Civil Veterinary Department ledger series I-VI
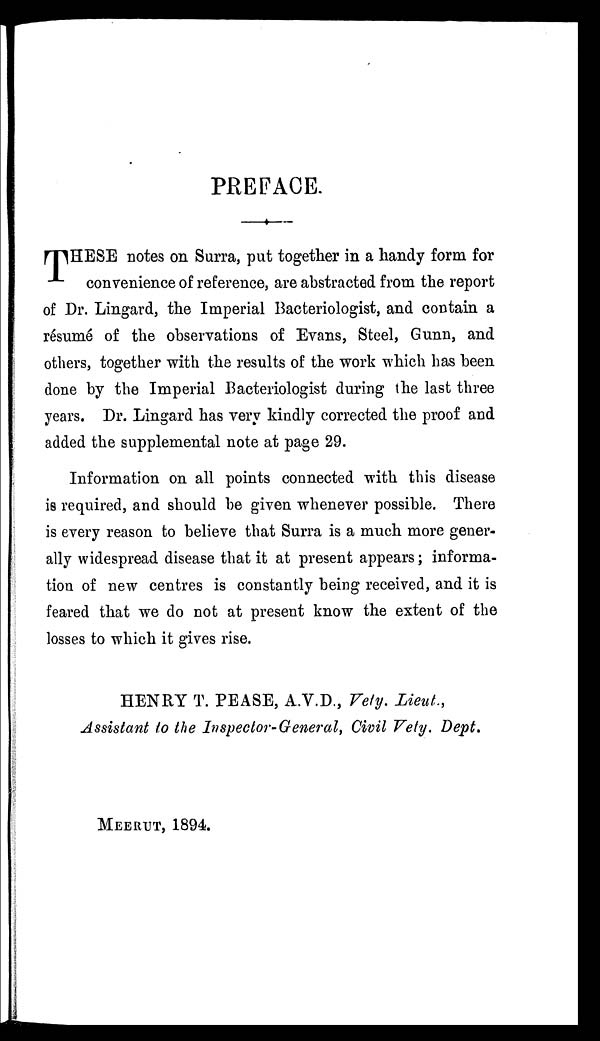
PREFACE.
THESE notes on Surra, put together in a handy form for
convenience of reference, are abstracted from the report
of Dr. Lingard, the Imperial Bacteriologist, and contain a
résumé of the observations of Evans, Steel, Gunn, and
others, together with the results of the work which has been
done by the Imperial Bacteriologist during the last three
years. Dr. Lingard has very kindly corrected the proof and
added the supplemental note at page 29.
Information on all points connected with this disease
is required, and should be given whenever possible. There
is every reason to believe that Surra is a much more gener-
ally widespread disease that it at present appears; informa-
tion of new centres is constantly being received, and it is
feared that we do not at present know the extent of the
losses to which it gives rise.
HENRY T. PEASE, A.V.D., Vety. Lieut.,
Assistant to the Inspector-General, Civil Vety. Dept.
MEERUT, 1894.